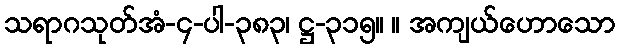
သရာဂသုတ်အံ-၄-ပါ-၃၈၃၊ ဋ္ဌ-၃၁၅။ ။ အကျယ်ဟောသော